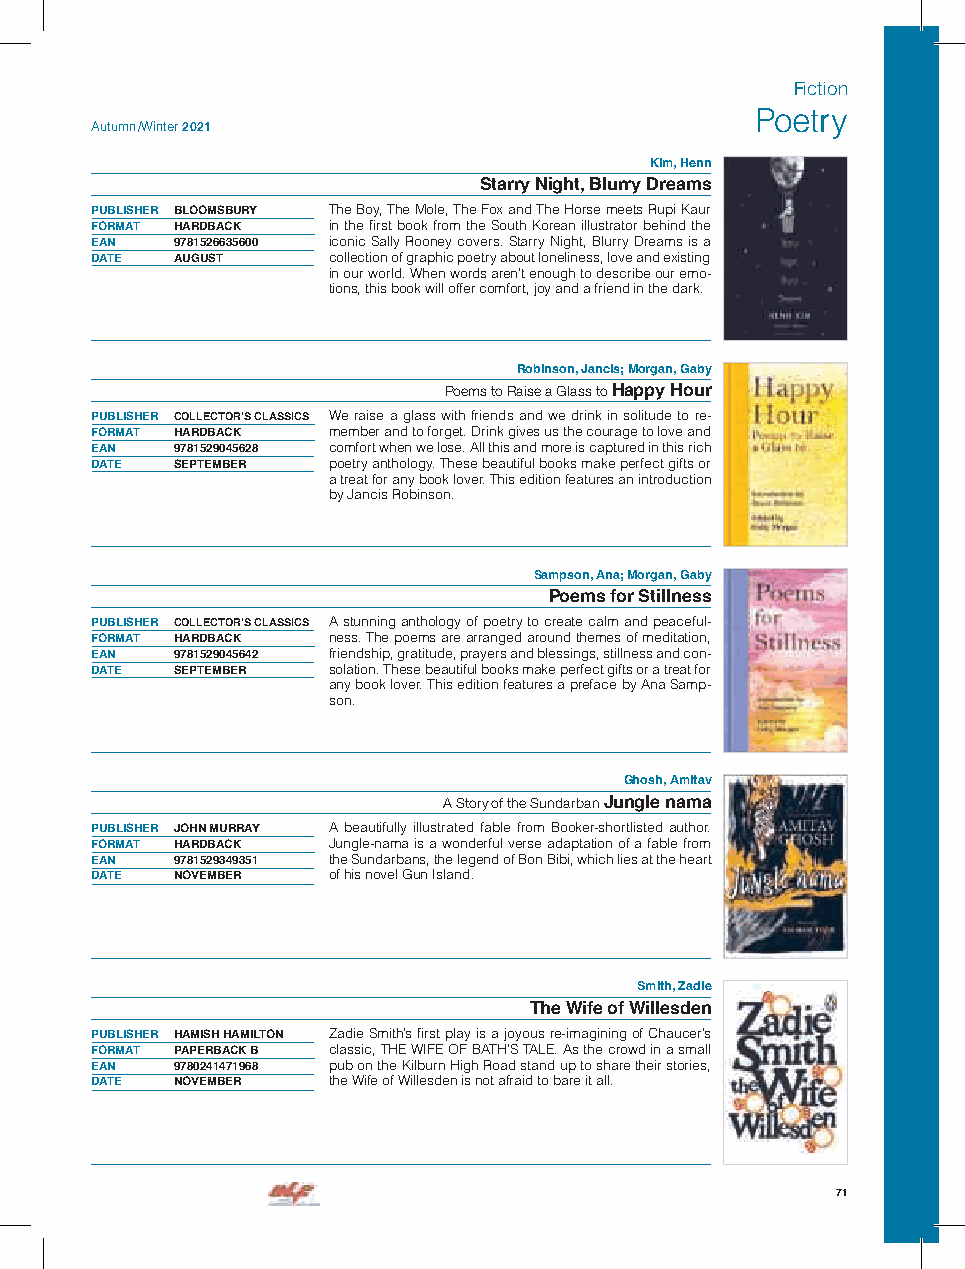
Fiction
 Poetry
 Autumn /Winter 2021
 Kim, Henn
 Starry Night, Blurry Dreams
 PUBLISHER BLOOMSBURY The Boy, The Mole, The Fox and The Horse meets Rupi Kaur
 FORMAT HARDBACK in the first book from the South Korean illustrator behind the
 EAN  9781526635600 iconic Sally Rooney covers. Starry Night, Blurry Dreams is a
 DATE AUGUST     collection of graphic poetry about loneliness, love and existing
 in our world. When words aren’t enough to describe our emo-
 tions, this book will offer comfort, joy and a friend in the dark.
 Robinson, Jancis; Morgan, Gaby
 Poems to Raise a Glass to Happy Hour
 PUBLISHER COLLECTOR’S CLASSICS We raise a glass with friends and we drink in solitude to re-
 FORMAT HARDBACK member and to forget. Drink gives us the courage to love and
 EAN  9781529045628 comfort when we lose. All this and more is captured in this rich
 DATE SEPTEMBER  poetry anthology. These beautiful books make perfect gifts or
 a treat for any book lover. This edition features an introduction
 by Jancis Robinson.
 Sampson, Ana; Morgan, Gaby
 Poems for Stillness
 PUBLISHER COLLECTOR’S CLASSICS A stunning anthology of poetry to create calm and peaceful-
 FORMAT HARDBACK ness. The poems are arranged around themes of meditation,
 EAN  9781529045642 friendship, gratitude, prayers and blessings, stillness and con-
 DATE SEPTEMBER  solation. These beautiful books make perfect gifts or a treat for
 any book lover. This edition features a preface by Ana Samp-
 son.
 Ghosh, Amitav
 A Story of the Sundarban Jungle nama
 PUBLISHER JOHN MURRAY A beautifully illustrated fable from Booker-shortlisted author.
 FORMAT HARDBACK Jungle-nama is a wonderful verse adaptation of a fable from
 EAN  9781529349351 the Sundarbans, the legend of Bon Bibi, which lies at the heart
 DATE NOVEMBER   of his novel Gun Island.
 Smith, Zadie
 The Wife of Willesden
 PUBLISHER HAMISH HAMILTON Zadie Smith’s first play is a joyous re-imagining of Chaucer’s
 FORMAT PAPERBACK B classic, THE WIFE OF BATH’S TALE. As the crowd in a small
 EAN  9780241471968 pub on the Kilburn High Road stand up to share their stories,
 DATE NOVEMBER   the Wife of Willesden is not afraid to bare it all.
 71